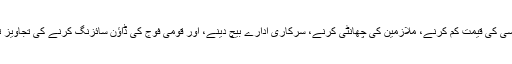
ٹیکس بڑھانے، نرخوں میں اضافہ کرنے، کرنسی کی قیمت کم کرنے، ملازمین کی چھانٹی کرنے، سرکاری ادارے بیچ دینے، اور قومی فوج کی ڈاؤن سائزنگ کرنے کی تجاویز تلوار کی طرح قوم کے سروں پر لٹک رہی ہیں۔